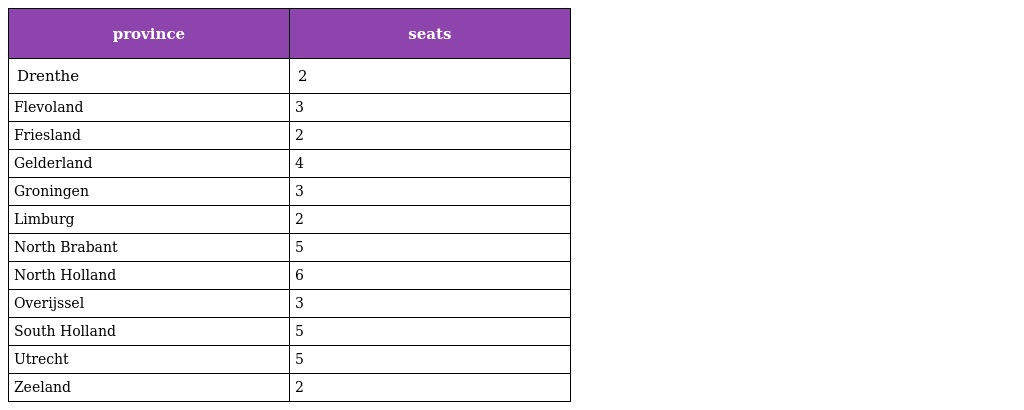
| province | seats |
 | --- | --- |
 | Drenthe | 2 |
 | Flevoland | 3 |
 | Friesland | 2 |
 | Gelderland | 4 |
 | Groningen | 3 |
 | Limburg | 2 |
 | North Brabant | 5 |
 | North Holland | 6 |
 | Overijssel | 3 |
 | South Holland | 5 |
 | Utrecht | 5 |
 | Zeeland | 2 |